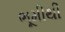
ભૂમીથી